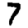
Digit: 7